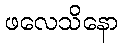
ဖလေသိနော